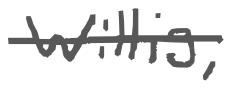
Text: Willis,
Cross-out: mix
Writing tool: digital_gray